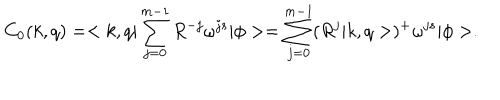
C _ { 0 } ( k , q ) = < k , q | \sum _ { j = 0 } ^ { m - 1 } R ^ { - j } \omega ^ { j s } | \phi > = \sum _ { j = 0 } ^ { m - 1 } ( R ^ { j } | k , q > ) ^ { + } \omega ^ { j s } | \phi > .